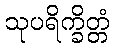
သုပရိက္ခိတ္တံ